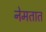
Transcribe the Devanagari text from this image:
नेमतात